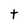
Character: t